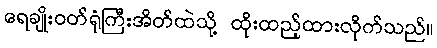
ရေချိုးဝတ်ရုံကြီးအိတ်ထဲသို့ ထိုးထည့်ထားလိုက်သည်။